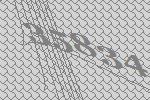
35834